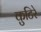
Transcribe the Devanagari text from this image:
कुटिरे